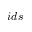
i d s